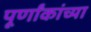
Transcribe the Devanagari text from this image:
पूर्णांकांच्या